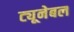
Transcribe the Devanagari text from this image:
ट्यूनेबल